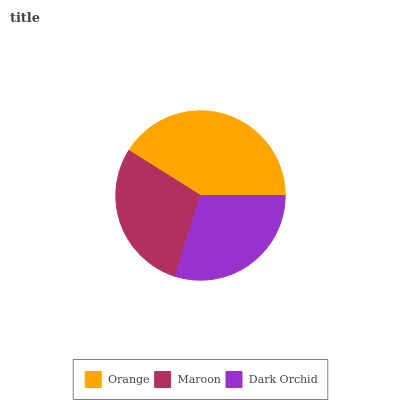
| Orange | Maroon | Dark Orchid |
 | --- | --- | --- |
 | 41.1% | 29.1% | 29.8% |